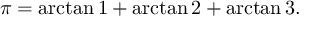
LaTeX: \pi = \arctan 1 + \arctan 2 + \arctan 3 .